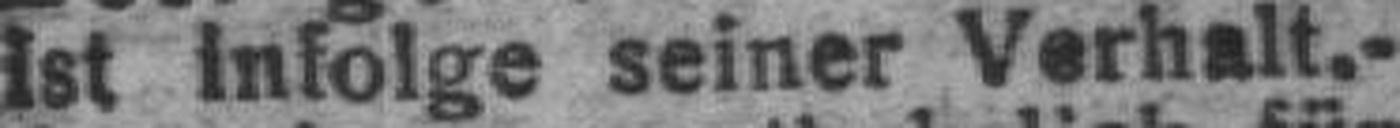
Ist infolge seiner Verhalt.-